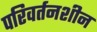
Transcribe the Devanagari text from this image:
परिवर्तनशीन